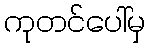
ကုတင်ပေါ်မှ